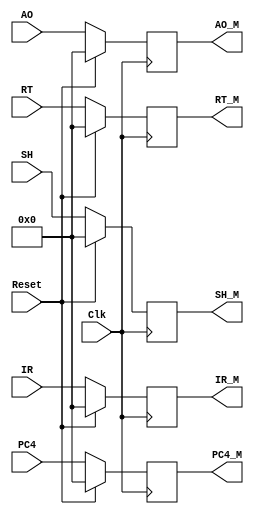
`timescale 1ns / 1ps
//////////////////////////////////////////////////////////////////////////////////
// Company: 
// Engineer: 
// 
// Design Name: 
// Module Name:    M_Reg 
// Project Name: 
// Target Devices: 
// Tool veAOions: 
// Description: 
//
// Dependencies: 
//
// Revision: 
// Revision 0.01 - File Created
// Additional Comments: 
//
//////////////////////////////////////////////////////////////////////////////////
module M_Reg(
    input [31:0] IR,
    input [31:0] PC4,
    input [31:0] AO,
    input [31:0] RT,
    input [31:0] SH,
    output [31:0] IR_M,
    output [31:0] PC4_M,
    output [31:0] AO_M,
    output [31:0] RT_M,
    output [31:0] SH_M,
    input Clk,
	input Reset
    );

	reg [31:0] _IR, _PC4, _AO, _RT, _SH;
	assign IR_M = _IR;
	assign PC4_M = _PC4;
	assign AO_M = _AO;
	assign RT_M = _RT;
	assign SH_M = _SH;
	
	always @ (posedge Clk)begin
		if (Reset) begin
			_IR <= 0;
			_PC4 <= 0;
			_AO <= 0;
			_RT <= 0;
			_SH <= 0;
        end
		else begin
			_IR <= IR;
			_PC4 <= PC4;
			_AO <= AO;
			_RT <= RT;
			_SH <= SH;
		end
	end
	
endmodule